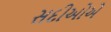
સદીઓએ